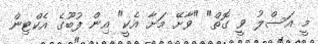
މީ އަސްލު ވީ ގޮތް" "ވާށޭ މަށާ އެކީ" އިން ފުބޫގެ އެކްޓިން